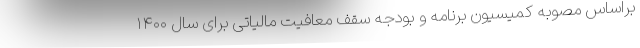
براساس مصوبه کمیسیون برنامه و بودجه سقف معافیت مالیاتی برای سال ۱۴۰۰